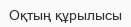
Оқтың құрылысы